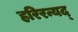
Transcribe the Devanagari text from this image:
हरिरन्यद्